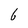
Character: 6